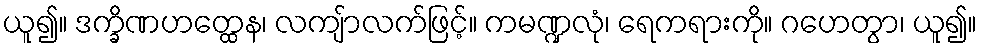
ယူ၍။ ဒက္ခိဏဟတ္ထေန၊ လကျ်ာလက်ဖြင့်။ ကမဏ္ဍလုံ၊ ရေကရားကို။ ဂဟေတွာ၊ ယူ၍။